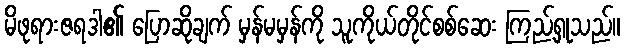
မိဖုရားဇရဒါ၏ ပြောဆိုချက် မှန်မမှန်ကို သူကိုယ်တိုင်စစ်ဆေး ကြည့်ရှုသည်။